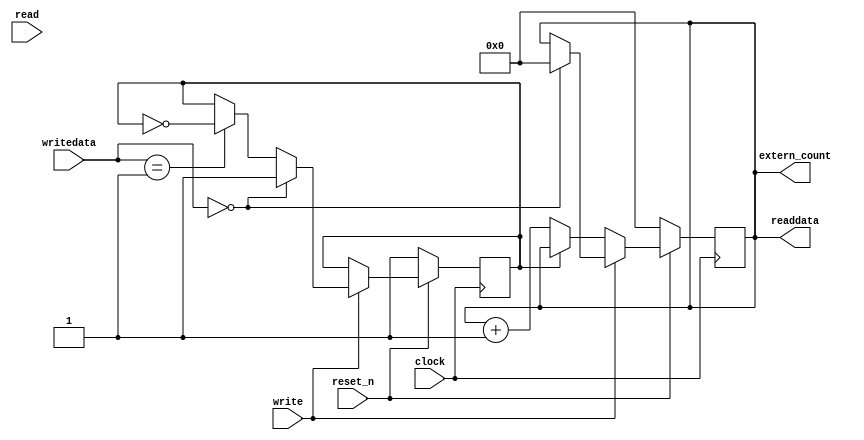
module clockCounter(input clock, input reset_n, input read, input write, input[31:0] writedata, output reg [31:0] readdata, output [31:0] extern_count);

	reg paused;
	
	
	always @ (negedge clock) begin
		if (!reset_n) begin
			readdata <= 0;
			paused <= 1; //estado inicial pausado
		end
		else begin
		
		
			if (write == 1) begin
				if (writedata == 32'b0) begin
					readdata <= 0;
					paused <= 1; //quando resetar, pausa
				end
				else if (writedata == 32'b1) begin //escrever 1 para pausar
					paused <= ~paused;
				end
			end
			else if (paused == 0) begin
				readdata <= readdata + 1;
			end
			
		end
	end
	
	assign extern_count = readdata;


endmodule